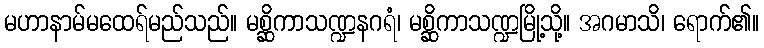
မဟာနာမ်မထေရ်မည်သည်။ မစ္ဆိကာသဏ္ဍနဂရံ၊ မစ္ဆိကာသဏ္ဍမြို့သို့။ အဂမာသိ၊ ရောက်၏။